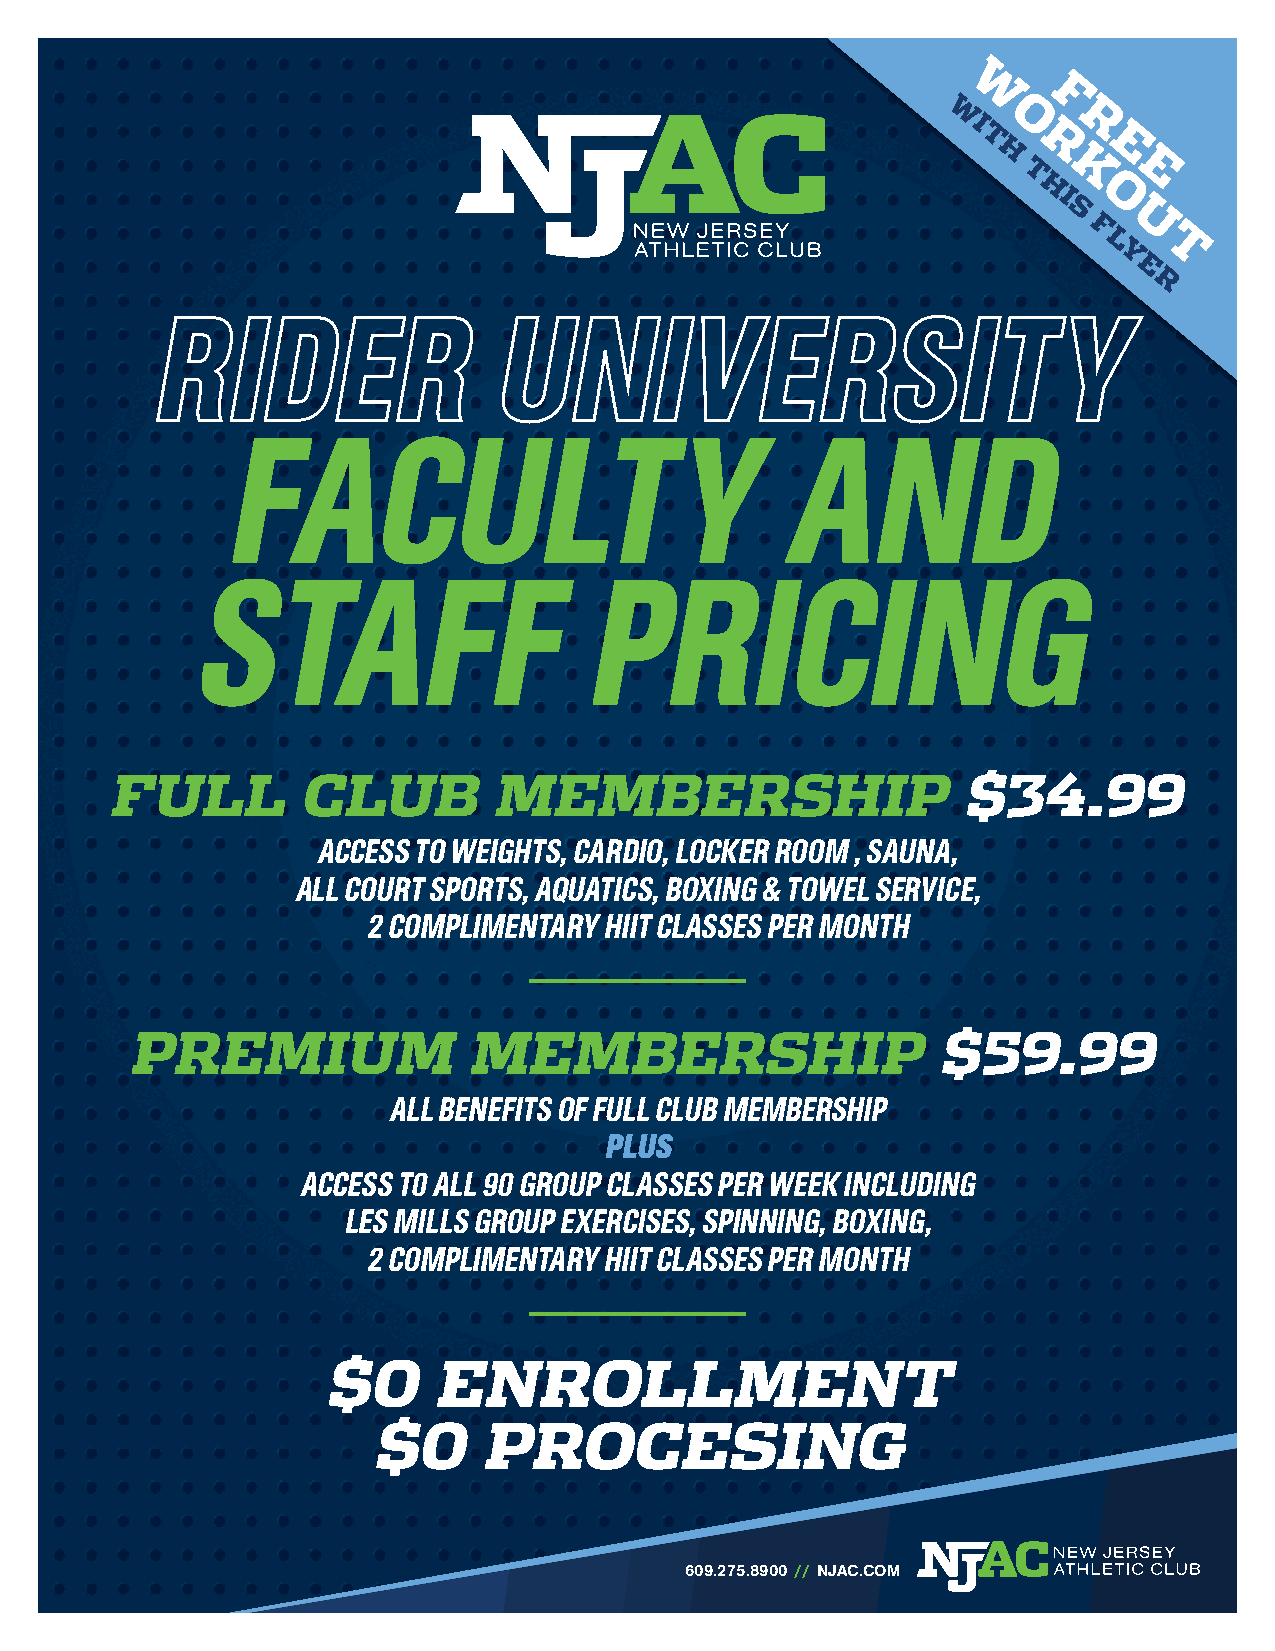
W    F
 W I O    R
 T  R    E
 H
 T  KE
 H I O
 S
 U
 F
 L  T
 Y
 E
 R
 FACULTY                              AND
 STAFF                     PRICING
 FULL         CLUB        MEMBERSHIP                      $34.99
 ACCESS TO WEIGHTS, CARDIO, LOCKER ROOM , SAUNA,
 ALL COURT SPORTS, AQUATICS, BOXING & TOWEL SERVICE,
 2 COMPLIMENTARY HIIT CLASSES PER MONTH
 PREMIUM                MEMBERSHIP                     $59.99
 ALL BENEFITS OF FULL CLUB MEMBERSHIP
 PLUS
 ACCESS T0 ALL 90 GROUP CLASSES PER WEEK INCLUDING
 LES MILLS GROUP EXERCISES, SPINNING, BOXING,
 2 COMPLIMENTARY HIIT CLASSES PER MONTH
 $0      ENROLLMENT
 $0      PROCESING
 609.275.8900 // NJAC.COM